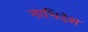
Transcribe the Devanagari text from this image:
नाभिदेश